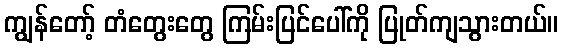
ကျွန်တော့် တံတွေးတွေ ကြမ်းပြင်ပေါ်ကို ပြုတ်ကျသွားတယ်။